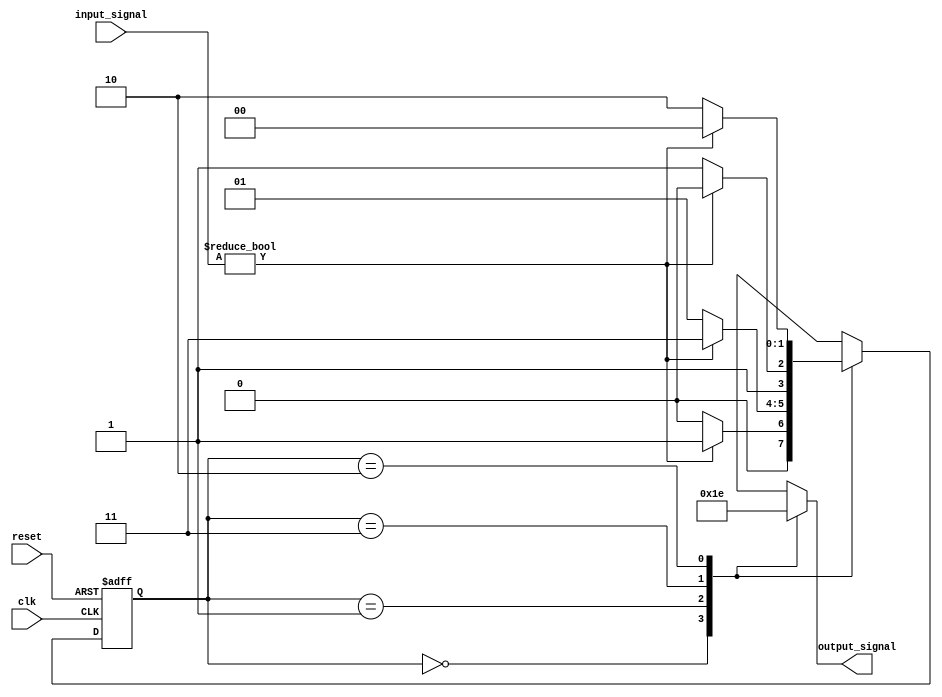
module GrayCodeStateMachine(
    input wire clk,
    input wire reset,
    input wire [1:0] input_signal,
    output reg [1:0] output_signal
);

// State encoding
parameter STATE_A = 2'b00;
parameter STATE_B = 2'b01;
parameter STATE_C = 2'b11;
parameter STATE_D = 2'b10;

// State register and next state logic
reg [1:0] current_state, next_state;

always @(posedge clk or posedge reset) begin
    if (reset) begin
        current_state <= STATE_A;
    end else begin
        current_state <= next_state;
    end
end

always @(*) begin
    case(current_state)
        STATE_A: begin
            // State A logic
            next_state = input_signal ? STATE_B : STATE_A;
            output_signal = 2'b00; // Output for State A
        end
        STATE_B: begin
            // State B logic
            next_state = input_signal ? STATE_C : STATE_B;
            output_signal = 2'b01; // Output for State B
        end
        STATE_C: begin
            // State C logic
            next_state = input_signal ? STATE_D : STATE_C;
            output_signal = 2'b11; // Output for State C
        end
        STATE_D: begin
            // State D logic
            next_state = input_signal ? STATE_A : STATE_D;
            output_signal = 2'b10; // Output for State D
        end
    endcase
end

endmodule